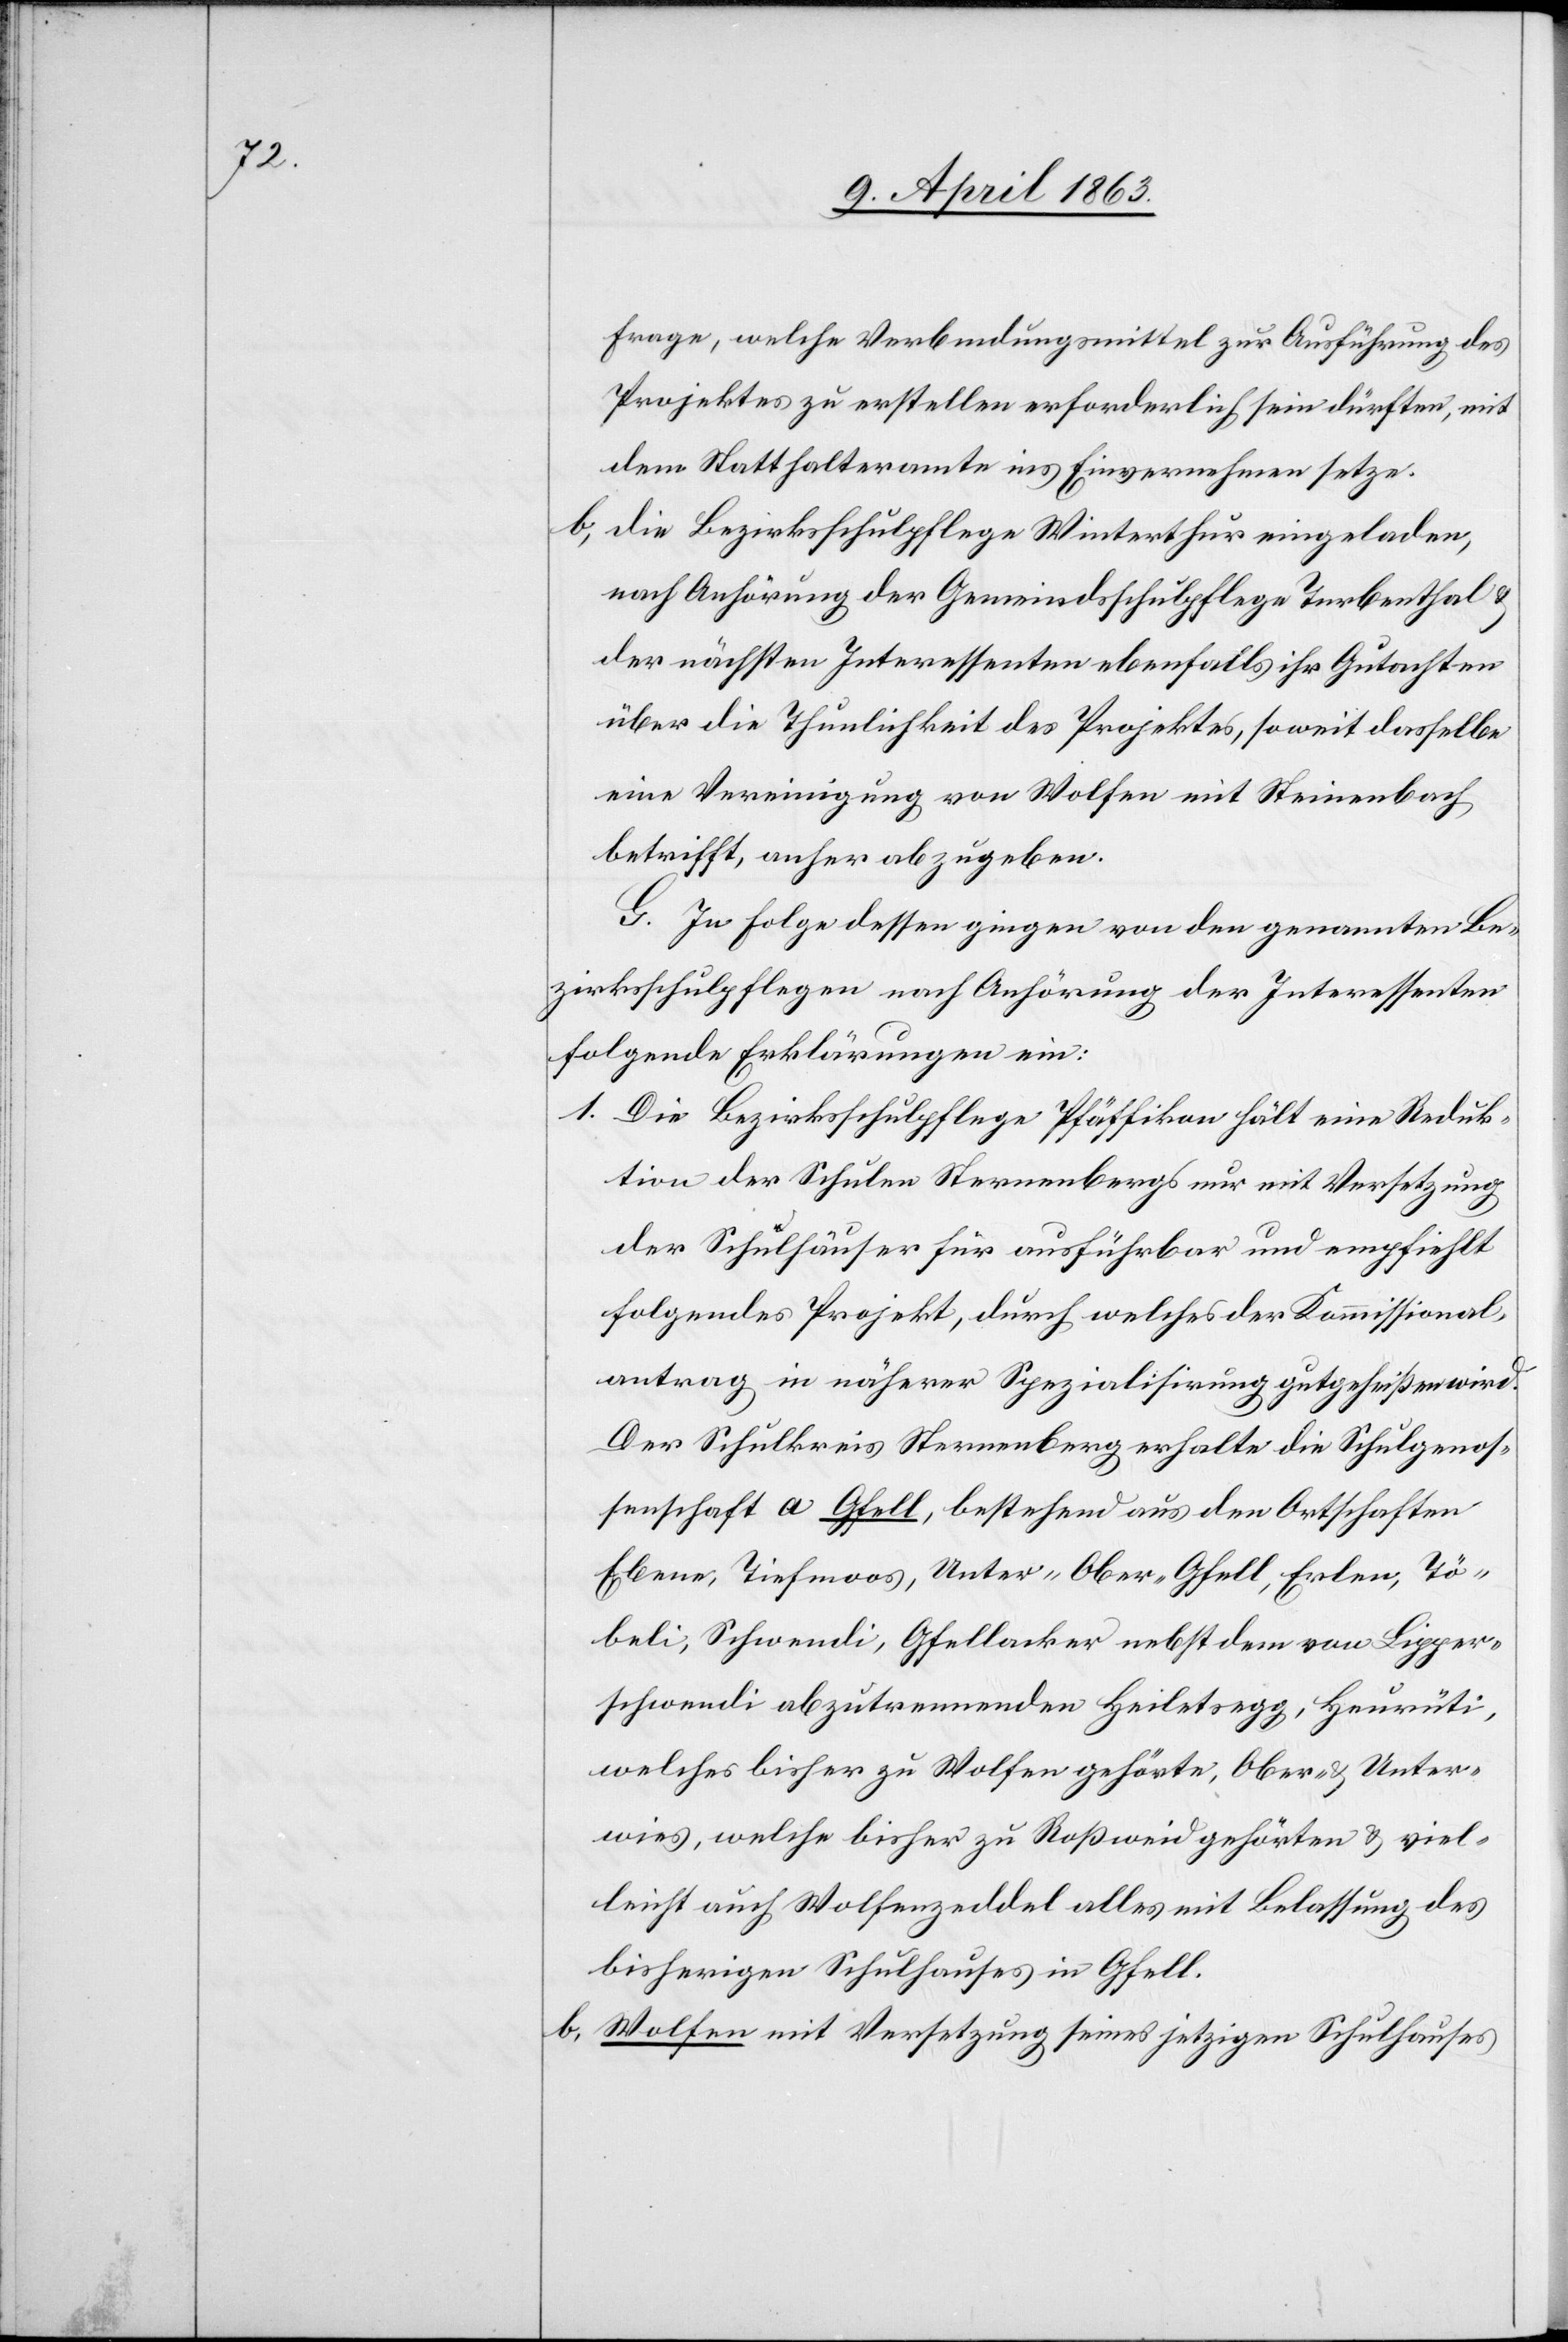
Frage, welche Verbindungsmittel zur Ausführung des
Projektes zu erstellen erforderlich sein dürften, mit
dem Statthalteramte ins Einvernehmen setze.
b) die Bezirksschulpflege Winterthur eingeladen,
nach Anhörung der Gemeindsschulpflege Turbenthal &
der nächsten Interessenten ebenfalls ihr Gutachten
über die Thunlichkeit des Projektes, soweit dasselbe
eine Vereinigung von Wolfen mit Steinenbach
betrifft, anher abzugeben.
G. In Folge dessen gingen von den genannten Be¬
zirksschulpflegen nach Anhörung der Interessenten
folgende Erklärungen ein:
1. Die Bezirksschulpflege Pfäffikon hält eine Reduk¬
tion der Schulen Sternenbergs nur mit Versetzung
der Schulhäuser für ausführbar und empfiehlt
folgendes Projekt, durch welches der Kommissional¬
antrag in näherer Spezialisirung gutgeheißen wird.
Der Schulkreis Sternenberg erhalte die Schulgenos¬
senschaft a[)] Gfell, bestehend aus den Ortschaften
Ebene, Tiefmoos, Unter- [&] Ober-Gfell, Erlen, Tö¬
beli, Schwendi, Gfellacker nebst dem von Lipper¬
schwendi abzutrennenden Heiletsegg, Heurüti,
welches bisher zu Wolfen gehörte, Ober- & Unter¬
wies, welche bisher zu Roßweid gehörten & viel¬
leicht auch Wolfenzeddel alles mit Belassung des
bisherigen Schulhauses in Gfell.
b) Wolfen mit Versetzung seines jetzigen Schulhauses